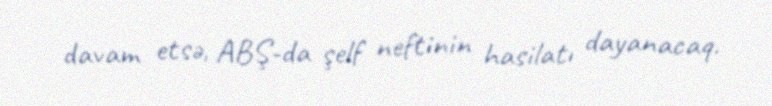
davam etsə, ABŞ-da şelf neftinin hasilatı dayanacaq.